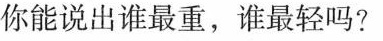
你能说出谁最重，谁最轻吗?